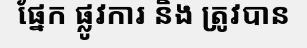
ផ្នែក ផ្លូវការ និង ត្រូវបាន